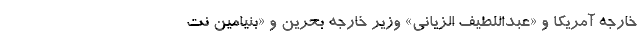
خارجه آمریکا و «عبداللطیف الزیانی» وزیر خارجه بحرین و «بنیامین نت